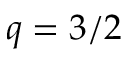
q = 3 / 2